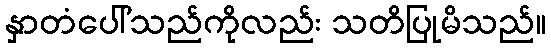
နှာတံပေါ်သည်ကိုလည်း သတိပြုမိသည်။